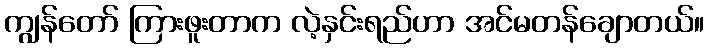
ကျွန်တော် ကြားဖူးတာက လဲ့နှင်းရည်ဟာ အင်မတန်ချောတယ်။